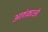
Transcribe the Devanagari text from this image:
आशंकाओ